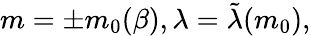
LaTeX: m=\pm m_{0}(\beta),\lambda=\tilde{\lambda}(m_{0}),